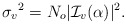
\begin{align*} {\sigma_{v}}^2=N_o |\mathcal{I}_{v} (\alpha)|^2.\end{align*}